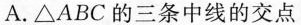
A.△ABC的三条中线的交点